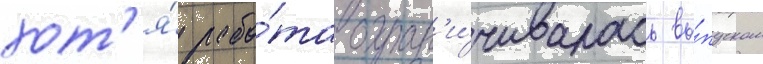
хот'я́ рабо́та огран'и́чивалась вы́пуском